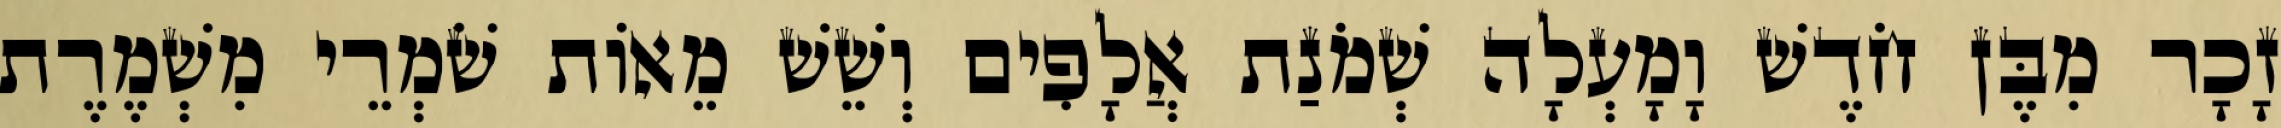
זָכָר מִבֶּן חֹדֶשׁ וָמָעְלָה שְׁמֹנַת אֲלָפִים וְשֵׁשׁ מֵאוֹת שֹׁמְרֵי מִשְׁמֶרֶת